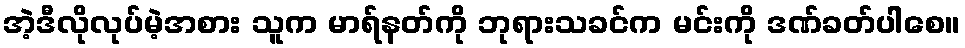
အဲ့ဒီလိုလုပ်မဲ့အစား သူက မာရ်နတ်ကို ဘုရားသခင်က မင်းကို ဒဏ်ခတ်ပါစေ။